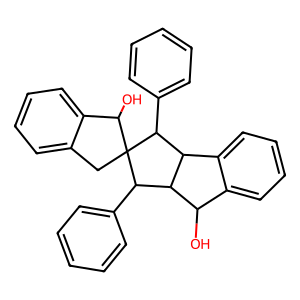
SMILES: OC1c2ccccc2C2C1C(c1ccccc1)C1(Cc3ccccc3C1O)C2c1ccccc1
Inhibits HIV replication: No